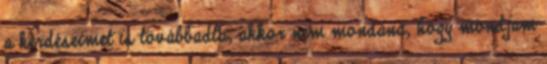
a kérdéseimet is továbbadta, akkor nem mondaná, hogy mondjam